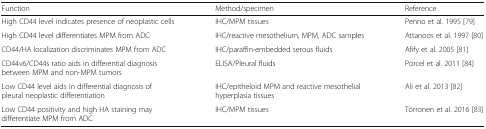
<table><thead><tr><td><b>Function</b></td><td><b>Method/specimen</b></td><td><b>Reference</b></td></tr></thead><tbody><tr><td>High CD44 level indicates presence of neoplastic cells</td><td>IHC/MPM tissues</td><td>Penno et al. 1995 [79]</td></tr><tr><td>High CD44 level differentiates MPM from ADC</td><td>IHC/reactive mesothelium, MPM, ADC samples</td><td>Attanoos et al. 1997 [80]</td></tr><tr><td>CD44/HA localization discriminates MPM from ADC</td><td>IHC/paraffin-embedded serous fluids</td><td>Afify et al. 2005 [81]</td></tr><tr><td>CD44v6/CD44s ratio aids in differential diagnosis between MPM and non-MPM tumors</td><td>ELISA/Pleural fluids</td><td>Porcel et al. 2011 [84]</td></tr><tr><td>Low CD44 level aids in differential diagnosis of pleural neoplastic differentiation</td><td>IHC/epitheloid MPM and reactive mesothelial hyperplasia tissues</td><td>Ali et al. 2013 [82]</td></tr><tr><td>Low CD44 positivity and high HA staining may differentiate MPM from ADC</td><td>IHC/MPM tissues</td><td>Törronen et al. 2016 [83]</td></tr></tbody></table>